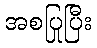
အစပြုပြီး